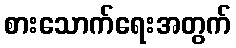
စားသောက်ရေးအတွက်